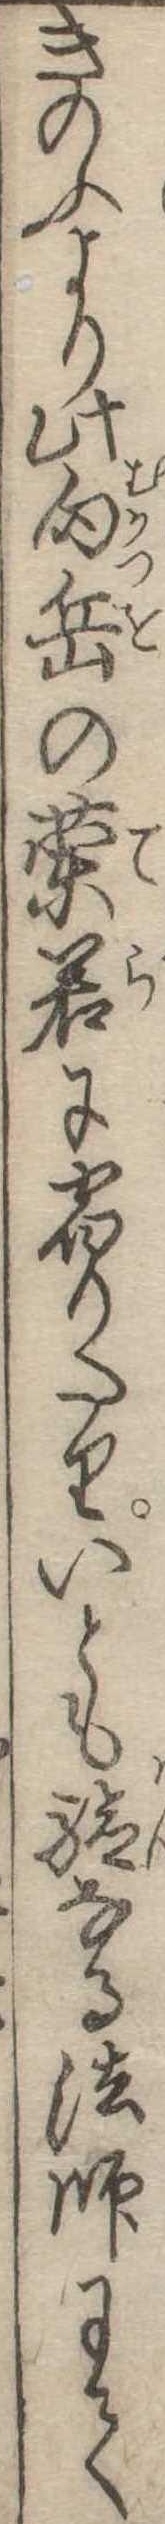
きのふより此向岳の蘭若に宿りたりいとも験なる法師にて